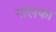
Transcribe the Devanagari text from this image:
गोलफा